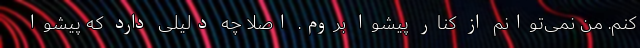
کنم. من نمی‌توانم از کنار پیشوا بروم. اصلا چه دلیلی دارد که پیشوا